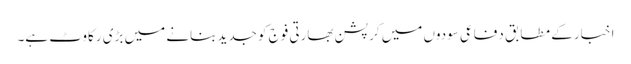
اخبار کے مطابق دفاعی سودوں میں کرپشن بھارتی فوج کو جدید بنانے میں بڑی رکاوٹ ہے۔